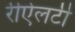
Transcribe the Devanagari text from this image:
रीऐलटी